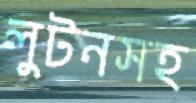
লুটনসহ